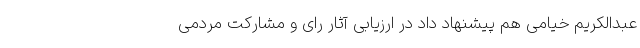
عبدالکریم خیامی هم پیشنهاد داد در ارزیابی آثار رای و مشارکت مردمی